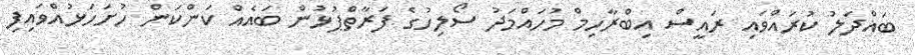
ބައްދަލު ކުރައްވައި ރައީސް އިބްރާހިމް މުހައްމަދު ސޯލިހުގެ ފަރާތްޕުޅުން ބައެއް ކަންކަން ހުށަހަޅުއްވައިފި